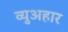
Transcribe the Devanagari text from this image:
व्युअहार